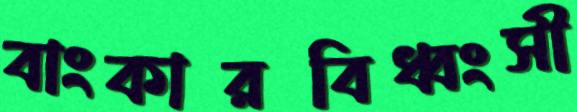
বাংকারবিধ্বংসী